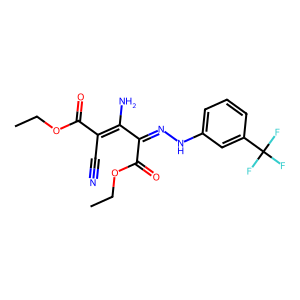
SMILES: CCOC(=O)C(=NNc1cccc(C(F)(F)F)c1)C(N)=C(C#N)C(=O)OCC
Inhibits HIV replication: No